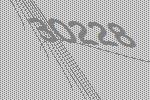
30228